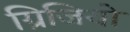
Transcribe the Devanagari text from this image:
ग्रिजियो